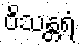
ဝိသန္တရံ